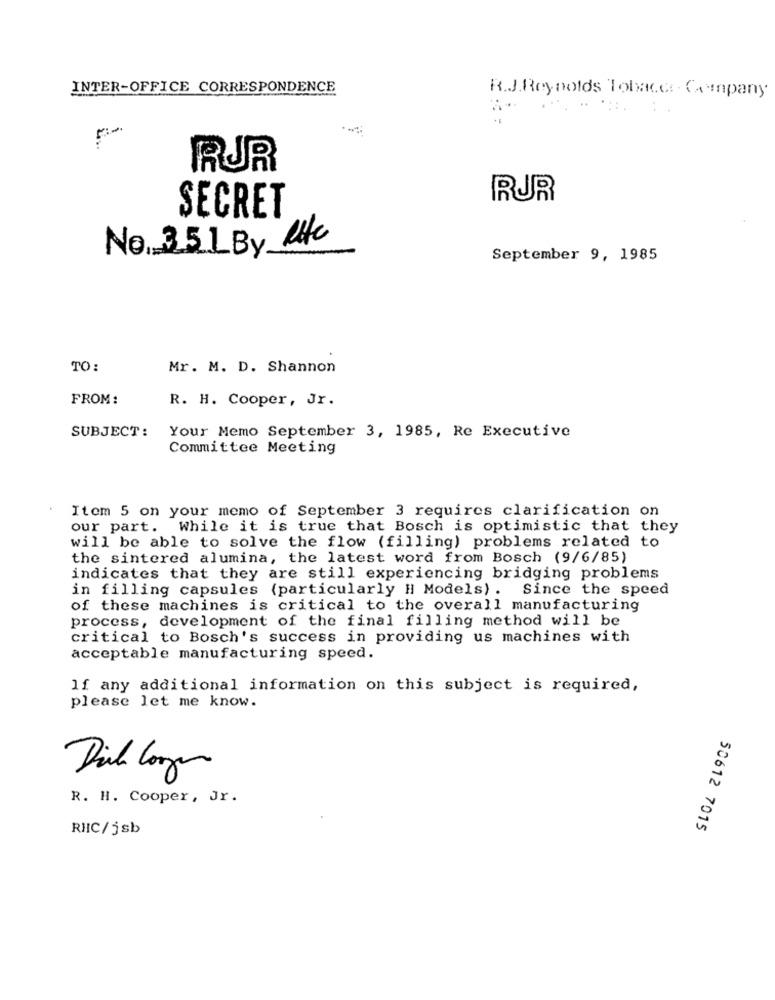
INTER-OFFICE CORRESPONDENCE
R.J. Reynolds Tobacco- Company
RUR
RUR
SECRET
No. 351 By Ric
September 9, 1985
TO:
Mr. M. D. Shannon
FROM :
R. H. Cooper, Jr.
SUBJECT:
Your Memo September 3, 1985, Re Executive
Committee Meeting
Item 5 on your memo of September 3 requires clarification on
our part. While it is true that Bosch is optimistic that they
will be able to solve the flow (filling) problems related to
the sintered alumina, the latest word from Bosch (9/6/85)
indicates that they are still experiencing bridging problems
in filling capsules (particularly Hl Models) . Since the speed
of these machines is critical to the overall manufacturing
process, development of the final filling method will be
critical to Bosch's success in providing us machines with
acceptable manufacturing speed.
If any additional information on this subject is required,
please let me know.
R. H. Cooper, Jr.
RHIC/jsb
50612 7015